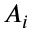
A _ { i }